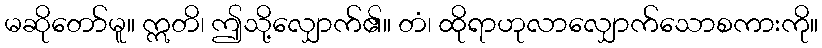
မဆိုတော်မူ။ ဣတိ၊ ဤသို့လျှောက်၏။ တံ၊ ထိုရာဟုလာလျှောက်သောစကားကို။